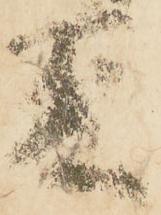
夢